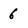
Character: 6